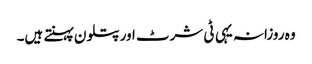
وہ روزانہ یہی ٹی شرٹ اور پتلون پہنتے ہیں۔